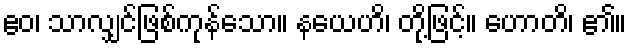
ဧဝ၊ သာလျှင်ဖြစ်ကုန်သော။ နယေဟိ၊ တို့ဖြင့်။ ဟောတိ၊ ၏။